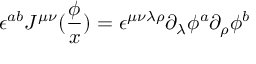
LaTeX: \epsilon ^ { a b } J ^ { \mu \nu } ( \frac \phi x ) = \epsilon ^ { \mu \nu \lambda \rho } \partial _ { \lambda } \phi ^ { a } \partial _ { \rho } \phi ^ { b }